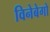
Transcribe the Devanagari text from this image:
विनेबेगो